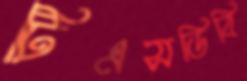
টিএসডিবি